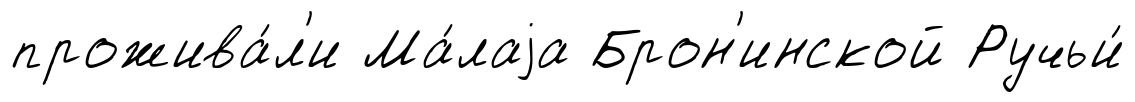
прожива́л'и Ма́лаjа Брон'инской Ручьи́